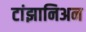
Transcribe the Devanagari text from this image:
टांझानिअन